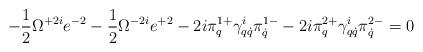
LaTeX: \begin{align*}-\frac12\Omega^{+2i}e^{-2}-\frac12\Omega^{-2i}e^{+2}-2i\pi^{1+}_q\gamma^i_{q\dot q}\pi^{1-}_{\dot q}-2i\pi^{2+}_q\gamma^i_{q\dot q}\pi^{2-}_{\dot q}=0\end{align*}